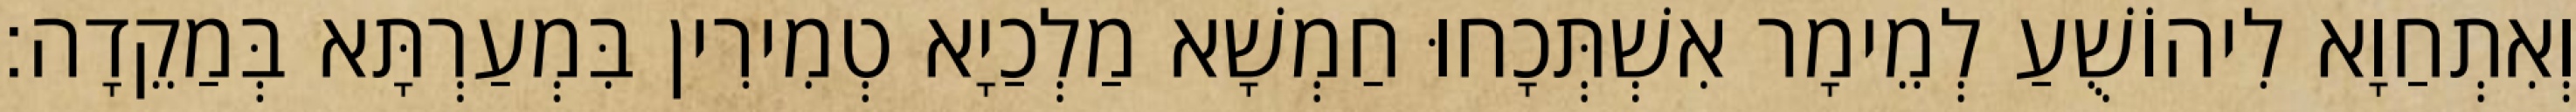
וְאִתְחַוָא לִיהוֹשֻׁעַ לְמֵימָר אִשְׁתְּכָחוּ חַמְשָׁא מַלְכַיָא טְמִירִין בִּמְעַרְתָּא בְּמַקֵדָה׃